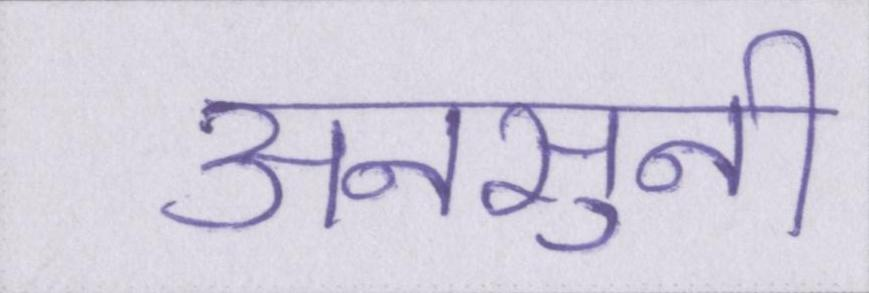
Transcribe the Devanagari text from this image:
अनसुनी